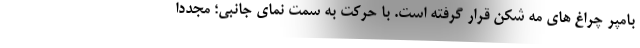
بامپر چراغ های مه شکن قرار گرفته است. با حرکت به سمت نمای جانبی؛ مجددا